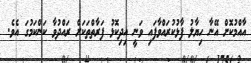
އާއްމުކޮށް އޭނާ ހިޔާލު ފާޅުކުރައްވާފައި ވަނީ އިދިކޮޅު ފަރާތްތަކަށް ރައްދުވާ ކަންކަމުގަ އެވެ.